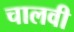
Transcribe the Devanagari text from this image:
चालवी